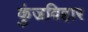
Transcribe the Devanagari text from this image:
कुंजविहार